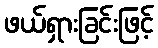
ဖယ်ရှားခြင်းဖြင့်